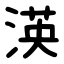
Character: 渶